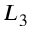
L _ { 3 }